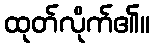
ထုတ်လိုက်၏။